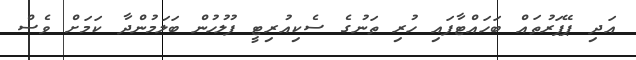
އަދި ޕޭޕަރުތައް ބަހައްޓާފައި ހުރި ތަނުގެ ސެކިއުރިޓީ ފުލުހުން ބަލަމުންދާ ކަމަށް ވެސް